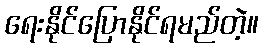
ရေးနိုင်ပြောနိုင်ရမည်တဲ့။